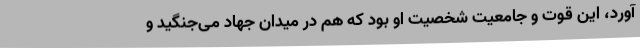
آورد، این قوت و جامعیت شخصیت او بود که هم در میدان جهاد می‌جنگید و